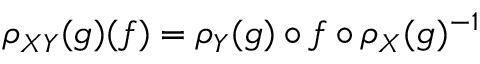
\rho _ { X Y } ( g ) ( f ) = \rho _ { Y } ( g ) \circ f \circ \rho _ { X } ( g ) ^ { - 1 }